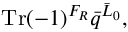
\mathrm { T r } ( - 1 ) ^ { F _ { R } } { \bar { q } } ^ { { \bar { L } } _ { 0 } } ,